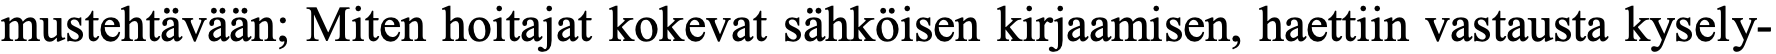
mustehtävään; Miten hoitajat kokevat sähköisen kirjaamisen, haettiin vastausta kysely-